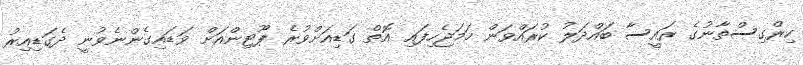
ކިރްގިސްތާނުގެ ރައީސާ ބައްދަލު ކުރައްވަން ހަމަޖެހިފައި އޮތް ގަޑިއަށްވުރެ ޕޫޓިންއަށް ވަޑައިގެންނެވުނީ ދެގަޑިއިރު